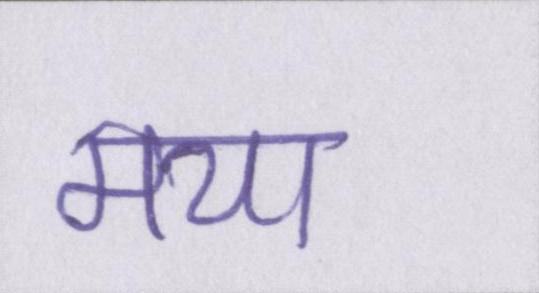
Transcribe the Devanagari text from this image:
मया